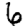
Digit: 6